Vaccination United Provinces of Agra and Oudh 1902-1913 - 1902-1913
Year: 1902
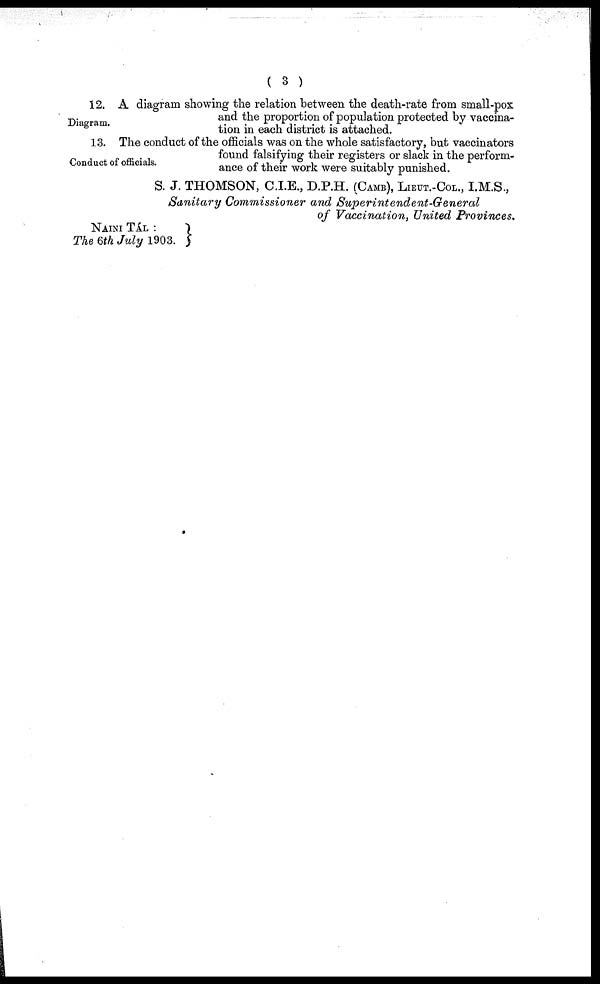
( 3 )
Diagram.
12. A diagram showing the relation between the death-rate from small-pox
and the proportion of population protected by vaccina-
tion in each district is attached.
Conduct of officials.
13. The conduct of the officials was on the whole satisfactory, but vaccinators
found falsifying their registers or slack in the perform-
ance of their work were suitably punished.
S. J. THOMSON, C.I.E., D.P.H. (CAMB), LIEUT.-COL., I.M.S.,
Sanitary Commissioner and
Superintendent-General
of Vaccination, United Provinces.
NAINI TAL :
The 6th July 1903.